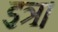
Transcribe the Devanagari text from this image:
इत्र।